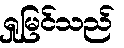
ရှုမြင်သည်